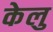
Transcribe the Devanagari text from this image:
केलु